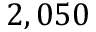
2 , 0 5 0